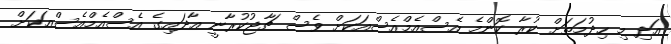
އަދި މި ހިދުމަތަށް ކުރާ ކޮންމެ އެސްއެމްއެސްއަކަށް ވެސް ޗާޖުކުރާނީ އާދައިގެ އެސްއެމްއެސްއަކަށް